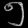
Digit: ၅